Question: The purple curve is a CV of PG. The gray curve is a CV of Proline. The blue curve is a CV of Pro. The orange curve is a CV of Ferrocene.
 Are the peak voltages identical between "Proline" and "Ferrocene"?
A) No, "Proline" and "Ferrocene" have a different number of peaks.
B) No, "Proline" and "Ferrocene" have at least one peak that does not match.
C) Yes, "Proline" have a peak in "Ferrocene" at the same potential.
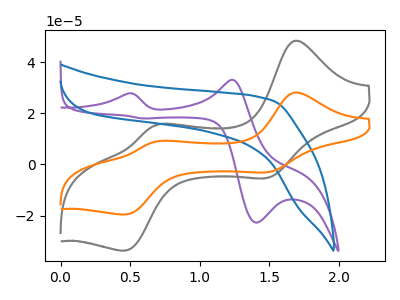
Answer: <think>The purple curve "PG" has anodic peaks at (0.50V, 27.70uA) (1.25V, 33.05uA) and cathodic peaks at (1.40V, -22.75uA) (0.60V, 17.90uA). The gray curve "Proline" has anodic peaks at (1.70V, 48.25uA) (0.70V, 15.30uA) and cathodic peaks at (1.50V, -5.30uA) (0.45V, -33.65uA). The blue curve "Pro" has no peaks. The orange curve "Ferrocene" has anodic peaks at (1.70V, 28.00uA) (0.70V, 8.90uA) and cathodic peaks at (1.50V, -3.10uA) (0.45V, -19.55uA).</think>
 <answer>C) Yes, "Proline" have a peak in "Ferrocene" at the same potential.</answer>
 <eval>C</eval>